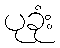
ပုခုံး